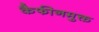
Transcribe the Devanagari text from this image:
कैफीनमुक्त